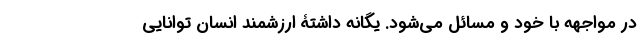
در مواجهه با خود و مسائل می‌شود. یگانه داشتۀ ارزشمند انسان توانایی